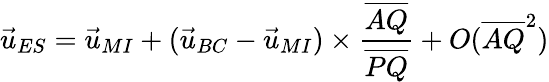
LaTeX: \vec{u}_{ES}=\vec{u}_{MI}+(\vec{u}_{BC}-\vec{u}_{MI})\times\frac{\overline{{AQ}}}{\overline{{PQ}}}+O(\overline{{AQ}}^{2})